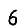
Digit: 6